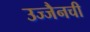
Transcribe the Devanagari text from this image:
उज्जैनची